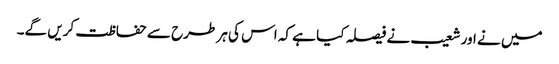
میں نے اور شعیب نے فیصلہ کیا ہے کہ اس کی ہر طرح سے حفاظت کریں گے۔